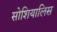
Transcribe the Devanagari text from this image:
सोशियालिस